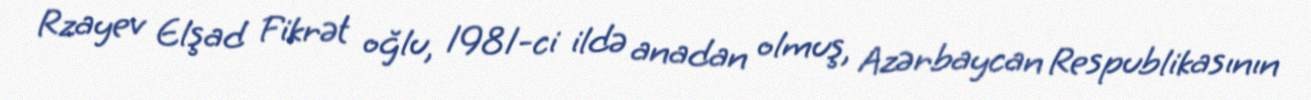
Rzayev Elşad Fikrət oğlu, 1981-ci ildə anadan olmuş, Azərbaycan Respublikasının